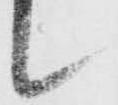
候